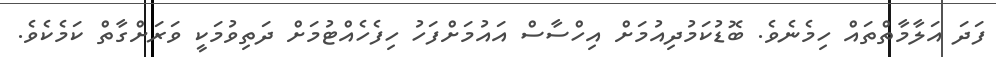
ފަދަ އަލާމާތްތައް ހިމެނެވެ. ބޮޑުކަމުދިއުމަށް އިހްސާސް އައުމަށްފަހު ހިފެހެއްޓުމަށް ދަތިވުމަކީ ވަރަށްގާތް ކަމެކެވެ.